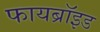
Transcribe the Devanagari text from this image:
फायब्रॉइड